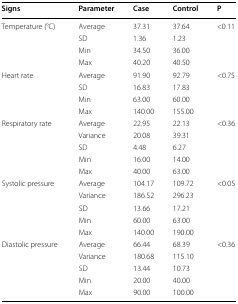
<table><thead><tr><td><b>Signs</b></td><td><b>Parameter</b></td><td><b>Case</b></td><td><b>Control</b></td><td><b>P</b></td></tr></thead><tbody><tr><td rowspan="4">Temperature (°C)</td><td>Average</td><td>37.31</td><td>37.64</td><td rowspan="4">&lt;0.11</td></tr><tr><td>SD</td><td>1.36</td><td>1.23</td></tr><tr><td>Min</td><td>34.50</td><td>36.00</td></tr><tr><td>Max</td><td>40.20</td><td>40.50</td></tr><tr><td rowspan="4">Heart rate</td><td>Average</td><td>91.90</td><td>92.79</td><td rowspan="4">&lt;0.75</td></tr><tr><td>SD</td><td>16.83</td><td>17.83</td></tr><tr><td>Min</td><td>63.00</td><td>60.00</td></tr><tr><td>Max</td><td>140.00</td><td>155.00</td></tr><tr><td rowspan="5">Respiratory rate</td><td>Average</td><td>22.95</td><td>22.13</td><td rowspan="5">&lt;0.36</td></tr><tr><td>Variance</td><td>20.08</td><td>39.31</td></tr><tr><td>SD</td><td>4.48</td><td>6.27</td></tr><tr><td>Min</td><td>16.00</td><td>14.00</td></tr><tr><td>Max</td><td>40.00</td><td>63.00</td></tr><tr><td rowspan="5">Systolic pressure</td><td>Average</td><td>104.17</td><td>109.72</td><td rowspan="5">&lt;0.05</td></tr><tr><td>Variance</td><td>186.52</td><td>296.23</td></tr><tr><td>SD</td><td>13.66</td><td>17.21</td></tr><tr><td>Min</td><td>60.00</td><td>63.00</td></tr><tr><td>Max</td><td>140.00</td><td>190.00</td></tr><tr><td rowspan="5">Diastolic pressure</td><td>Average</td><td>66.44</td><td>68.39</td><td rowspan="5">&lt;0.36</td></tr><tr><td>Variance</td><td>180.68</td><td>115.10</td></tr><tr><td>SD</td><td>13.44</td><td>10.73</td></tr><tr><td>Min</td><td>20.00</td><td>40.00</td></tr><tr><td>Max</td><td>90.00</td><td>100.00</td></tr></tbody></table>